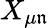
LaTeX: X_{\mu\mathfrak{n}}